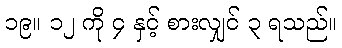
၁၉။ ၁၂ ကို ၄ နှင့် စားလျှင် ၃ ရသည်။